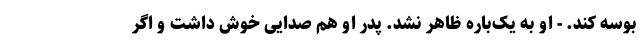
بوسه کند. - او به یک‌‌باره ظاهر نشد. پدر او هم صدایی خوش داشت و اگر